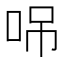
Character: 𠲢